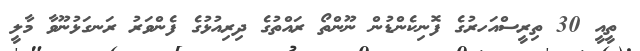
ތީއީ 30 ތިރީސްއަހރުގެ ފޮނިކެންޑުން ނޫންތޯ ރައްތުގެ ދިރިއުޅުގެ ފެންވަރު ރަނގަޅުނޫވާ މާލީ